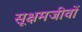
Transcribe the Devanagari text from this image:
सूक्षमजीवों